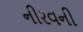
નીરવની